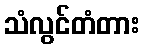
သံလွင်တံတား